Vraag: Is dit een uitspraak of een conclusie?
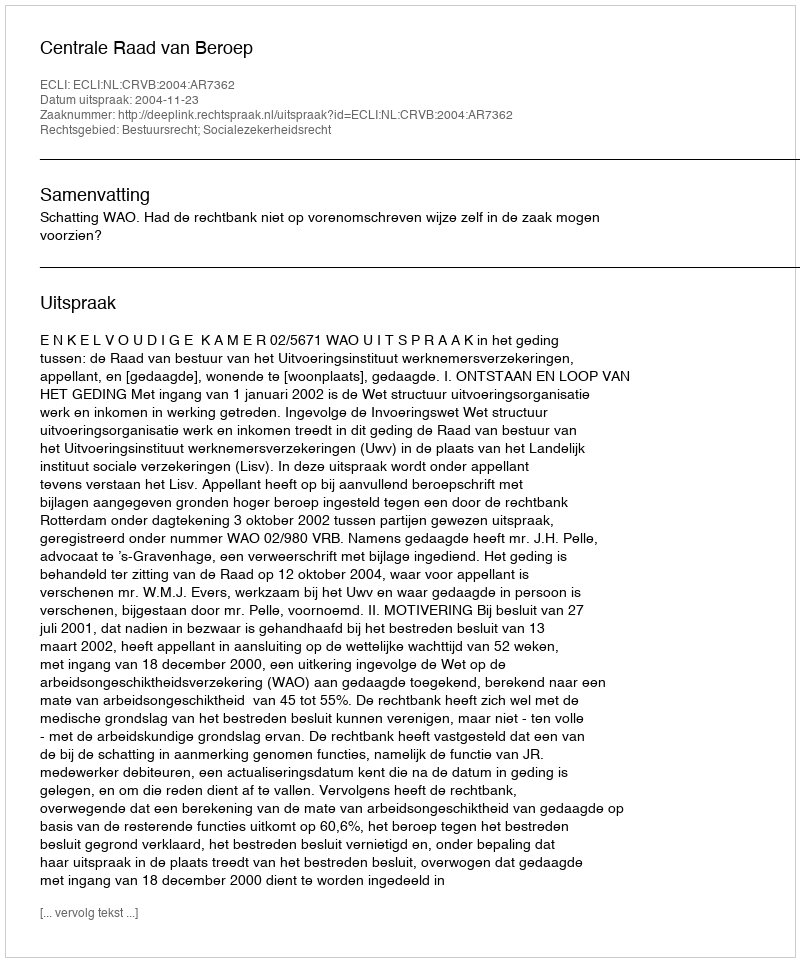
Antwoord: Uitspraak